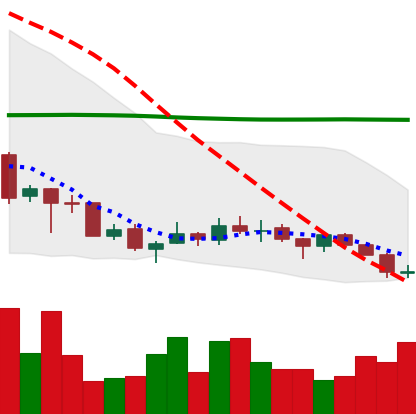
Ticker: TRX-USD
Chart end date: 2018-07-11
Forward return: 11.743%
Label: up_7plus